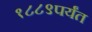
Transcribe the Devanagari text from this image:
१८८९पर्यंत